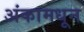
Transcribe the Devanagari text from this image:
अंकामधून